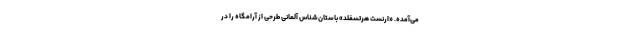
می‌آمده. «ارنست هرتسفلد» باستان‌شناس آلمانی طرحی از آرامگاه را در